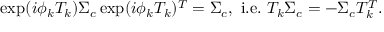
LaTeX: \exp ( i \phi _ { k } T _ { k } ) \Sigma _ { c } \exp ( i \phi _ { k } T _ { k } ) ^ { T } = \Sigma _ { c } , \mathrm { ~ i . e . ~ } T _ { k } \Sigma _ { c } = - \Sigma _ { c } T _ { k } ^ { T } .